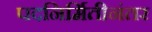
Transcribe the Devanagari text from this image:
पदनिर्मितीनंतर